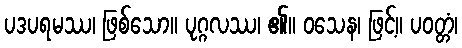
ပဒပရမဿ၊ ဖြစ်သော။ ပုဂ္ဂလဿ၊ ၏။ ဝသေန၊ ဖြင့်။ ပဝတ္တံ၊